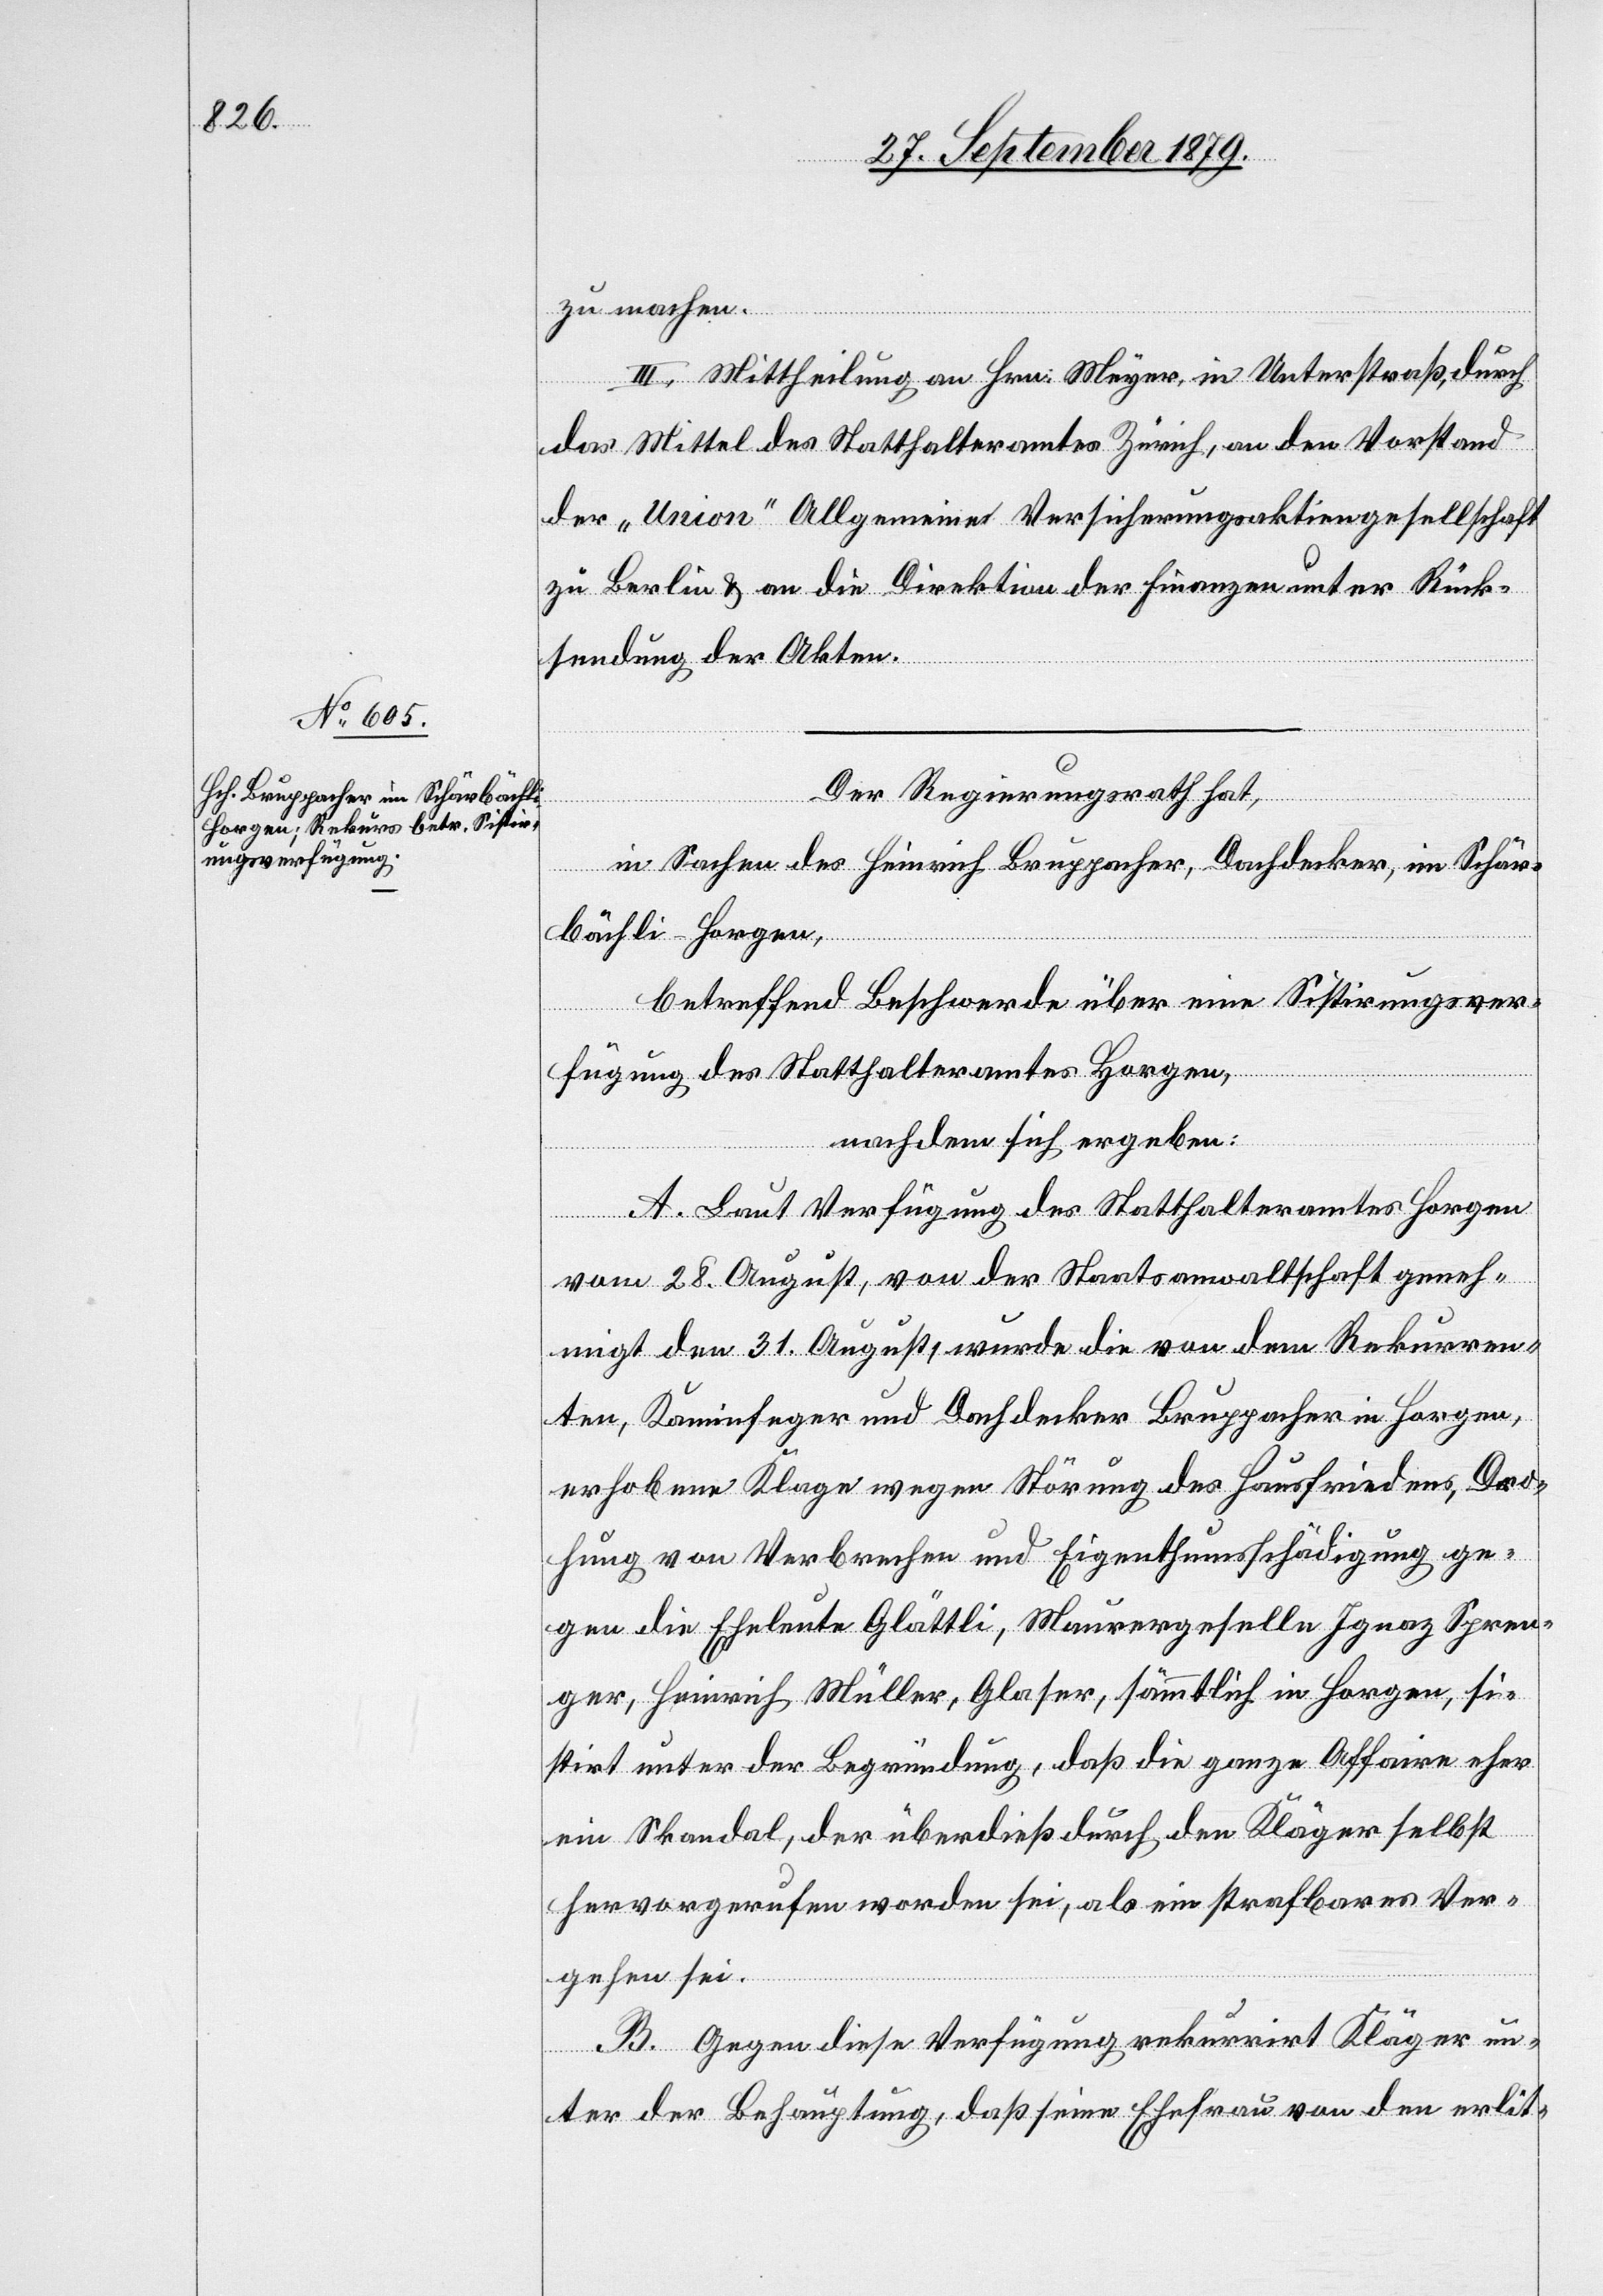
zu machen.
III. Mittheilung an Hrn. Meyer, in Unterstraß, durch
das Mittel des Statthalteramtes Zürich, an den Vorstand
der „Union“ Allgemeine Versicherungsaktiengesellschaft
zu Berlin & an die Direktion der Finanzen unter Rück¬
sendung der Akten.
Der Regierungsrath hat,
in Sachen des Heinrich Bruppacher, Dachdecker, im Schär¬
bächli - Horgen,
betreffend Beschwerde über eine Sistirungsver¬
fügung des Statthalteramtes Horgen,
nachdem sich ergeben:
A. Laut Verfügung des Statthalteramtes Horgen
vom 28. August, von der Staatsanwaltschaft geneh¬
migt den 31. August, wurde die von dem Rekurren¬
ten, Kaminfeger und Dachdecker Bruppacher in Horgen,
erhobene Klage wegen Störung des Hausfriedens, Dro¬
hung von Verbrechen und Eigenthumsschädigung ge¬
gen die Eheleute Glättli, Maurergeselle Ignaz Spren¬
ger, Heinrich Müller, Glaser, sämmtlich in Horgen, si¬
stirt unter der Begründung, daß die ganze Affaire eher
ein Skandal, der überdieß durch den Kläger selbst
hervorgerufen worden sei, als ein strafbares Ver¬
gehen sei.
B. Gegen diese Verfügung rekurrirt Kläger un¬
ter der Behauptung, daß seine Ehefrau von den erlit-